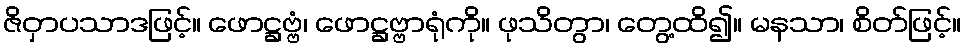
ဇိဝှာပသာဒဖြင့်။ ဖောဋ္ဌဗ္ဗံ၊ ဖောဋ္ဌဗ္ဗာရုံကို။ ဖုသိတွာ၊ တွေ့ထိ၍။ မနသာ၊ စိတ်ဖြင့်။